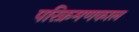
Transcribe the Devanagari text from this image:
परिक्रमणकाल